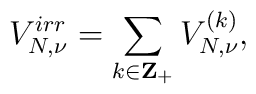
V_{N,\nu}^{irr} = \sum_{k \in {\bf Z}_+} V_{N,\nu}^{(k)},